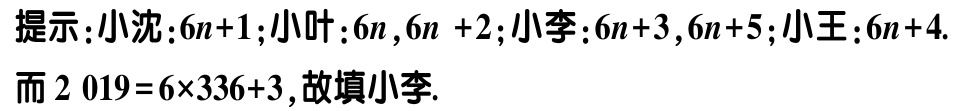
提示：小沈：\(6n + 1\)；小叶：\(6n\)，\(6n + 2\)；小李：\(6n + 3\)，\(6n + 5\)；小王：\(6n + 4\).
而 \(2\ 019 = 6\times336 + 3\)，故填小李.